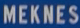
MEKNES